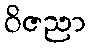
ဝိဇညာ